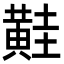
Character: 黊